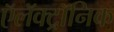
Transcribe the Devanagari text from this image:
ऍलॅक्ट्रॉनिक